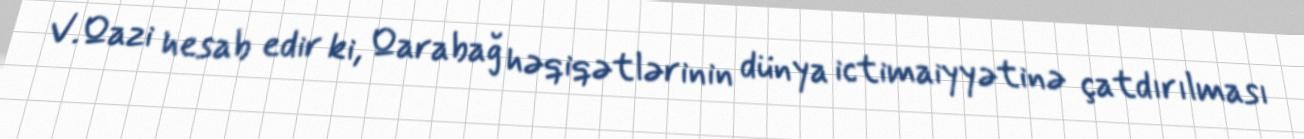
V.Qazi hesab edir ki, Qarabağ həqiqətlərinin dünya ictimaiyyətinə çatdırılması